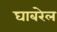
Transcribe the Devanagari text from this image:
घाबरेल